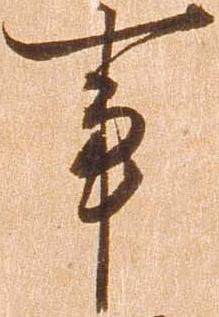
事